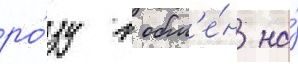
ро́зу в обм'е́н на́